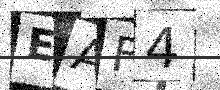
Text: EAF4